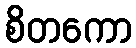
စိတကော